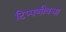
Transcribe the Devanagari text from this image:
टिप्पणीवजा